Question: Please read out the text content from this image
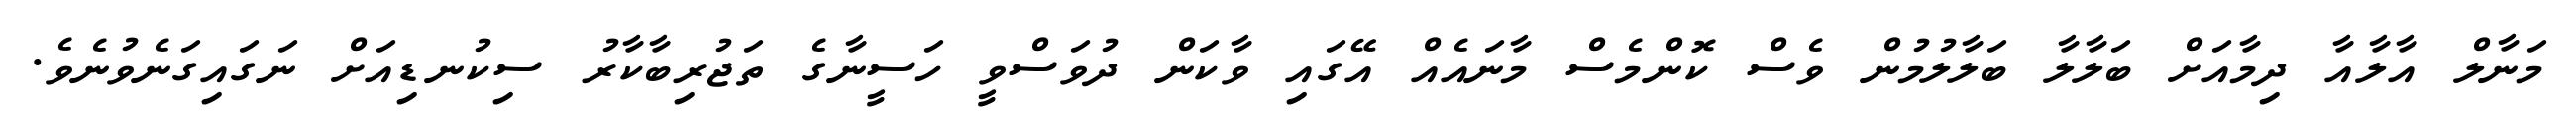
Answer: މަނާލް އާލާއާ ދިމާއަށް ބަލާލާ ބަލާލުމުން ވެސް ކޮންމެސް މާނައެއް އޭގައި ވާކަން ދުވަސްވީ ހަސީނާގެ ތަޖުރިބާކާރު ސިކުނޑިއަށް ނަގައިގަނެވުނެވެ.